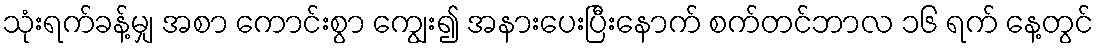
သုံးရက်ခန့်မျှ အစာ ကောင်းစွာ ကျွေး၍ အနားပေးပြီးနောက် စက်တင်ဘာလ ၁၆ ရက် နေ့တွင်